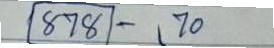
878 - 70